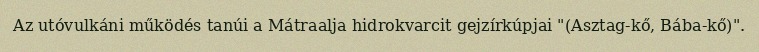
Az utóvulkáni működés tanúi a Mátraalja hidrokvarcit gejzírkúpjai "(Asztag-kő, Bába-kő)".